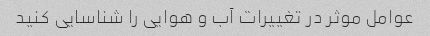
عوامل موثر در تغییرات آب و هوایی را شناسایی کنید